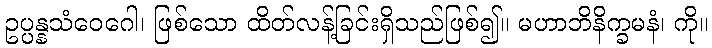
ဥပ္ပန္နသံဝေဂေါ၊ ဖြစ်သော ထိတ်လန့်ခြင်းရှိသည်ဖြစ်၍။ မဟာဘိနိက္ခမနံ၊ ကို။